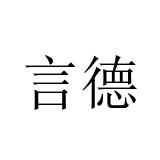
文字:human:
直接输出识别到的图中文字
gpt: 言德